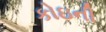
કોઇની